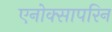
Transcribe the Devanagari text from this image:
एनोक्सापरिन